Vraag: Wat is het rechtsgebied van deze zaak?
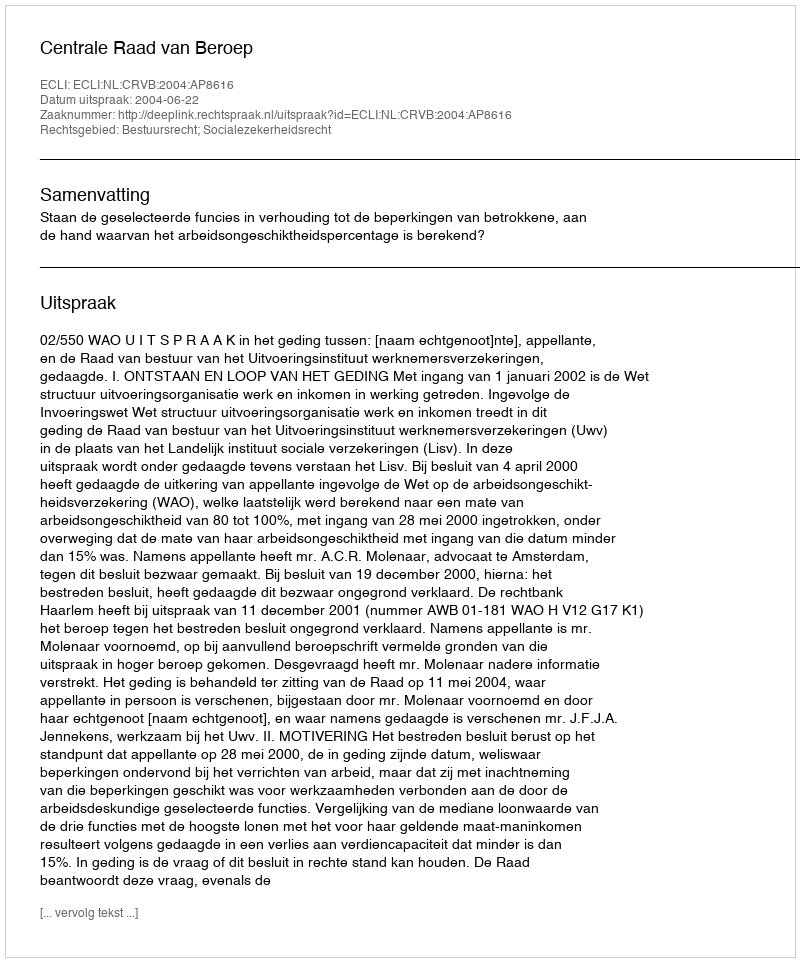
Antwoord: Bestuursrecht; Socialezekerheidsrecht